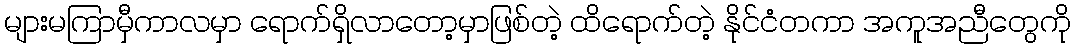
များမကြာမှီကာလမှာ ရောက်ရှိလာတော့မှာဖြစ်တဲ့ ထိရောက်တဲ့ နိုင်ငံတကာ အကူအညီတွေကို